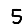
Digit: 5